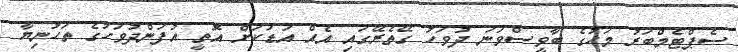
ސެޕްޓެމްބަރު މަހުގެ ބާވީސްވަނަ ދުވަހު ގޭތެރޭގައި އެއް އަޑަކަށް އޮތީ އުފަންދުވަހުގެ ތަހުނިޔާ